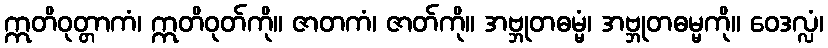
ဣတိဝုတ္တာကံ၊ ဣတိဝုတ်ကို။ ဇာတကံ၊ ဇာတ်ကို။ အဗ္ဘုတဓမ္မံ၊ အဗ္ဘုတဓမ္မကို။ ဝေဒလ္လံ၊